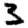
Digit: 3